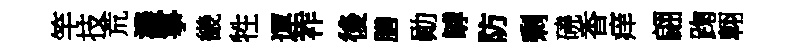
竿技荒濃箏畿牲運祚後膳勛罅防剩磽香痒翩踘翺